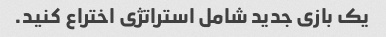
یک بازی جدید شامل استراتژی اختراع کنید.